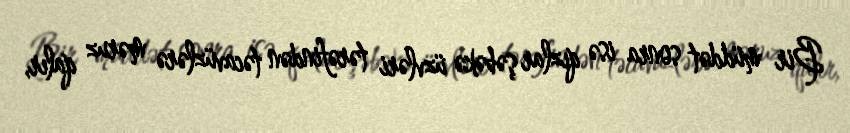
Bir müddət sonra isə qızlar şəbəkə üzvləri tərəfindən təcavüzlərə məruz qalır,